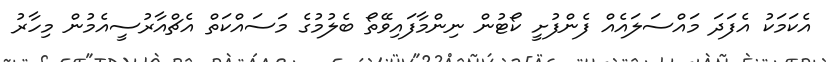
އެކަމަކު އެފަދަ މައްސަލައެއް ފެންފުށީ ކޯޓުން ނިންމާފައިވޭތޯ ބެލުމުގެ މަސައްކަތް އެޗްއާރުސީއެމުން މިހާރު